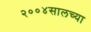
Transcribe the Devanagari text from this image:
२००४सालच्या